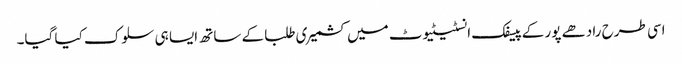
اسی طرح رادھے پور کے پیسفک انسٹیٹیوٹ میں کشمیری طلبا کے ساتھ ایسا ہی سلوک کیا گیا۔